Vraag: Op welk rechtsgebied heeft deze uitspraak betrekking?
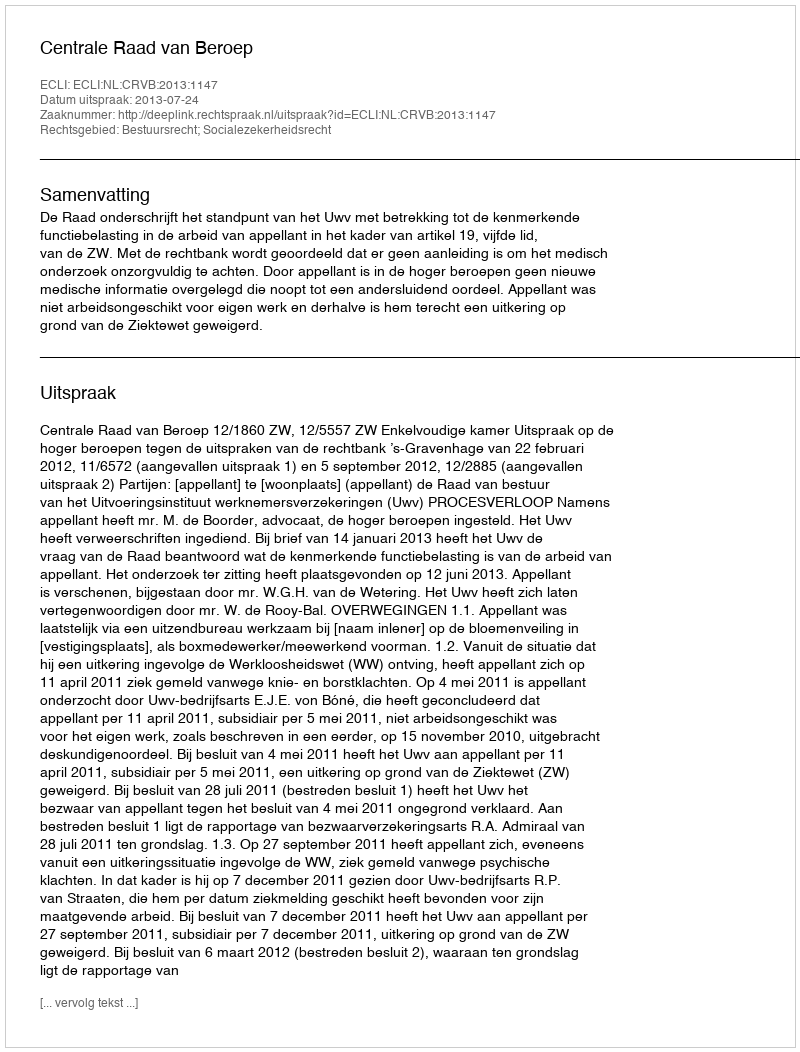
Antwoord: Bestuursrecht; Socialezekerheidsrecht